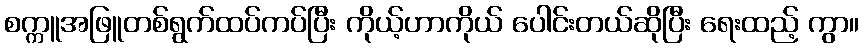
စက္ကူအဖြူတစ်ရွက်ထပ်ကပ်ပြီး ကိုယ့်ဟာကိုယ် ပေါင်းတယ်ဆိုပြီး ရေးထည့် ကွာ။